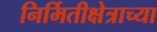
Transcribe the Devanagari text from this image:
निर्मितीक्षेत्राच्या